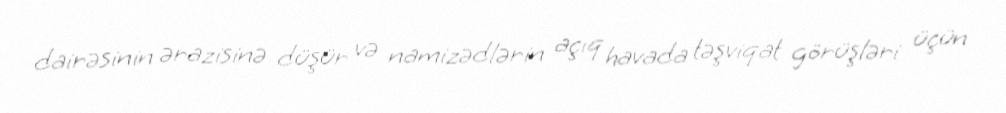
dairəsinin ərazisinə düşür və namizədlərin açıq havada təşviqat görüşləri üçün